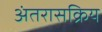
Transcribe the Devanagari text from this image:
अंतरासक्रिय